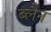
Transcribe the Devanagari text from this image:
ब्लैन